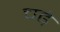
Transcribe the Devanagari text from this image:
चढे़